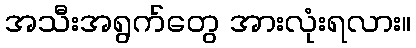
အသီးအရွက်တွေ အားလုံးရလား။